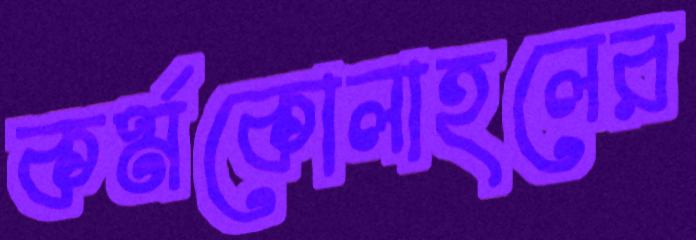
কর্মকোলাহলের